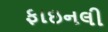
ફાઇનલી